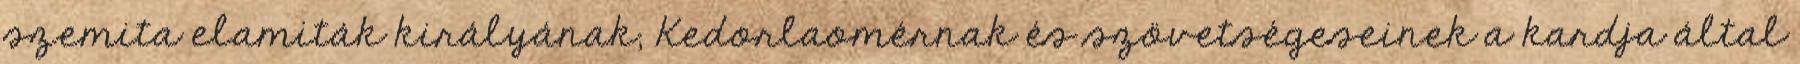
szemita elamiták királyának, Kedorlaomérnak és szövetségeseinek a kardja által